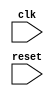
module behavior_model (
    input wire clk,
    input wire reset
);

always @(posedge clk or negedge reset) begin
    // define behavior here
end

endmodule